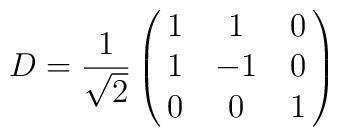
D=\frac{1}{\sqrt{2}}\begin{pmatrix}{1&1&0\cr 1&-1&0\cr 0&0&1\cr}\end{pmatrix}